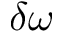
\delta \omega